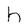
Character: h